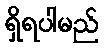
ရှိရပါမည်